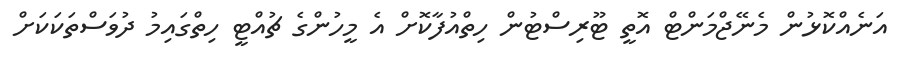
އަނެއްކޮޅުން މެނޭޖްމަންޓް އޮތީ ޓޫރިސްޓުން ހިތްއުފާކޮށް އެ މީހުންގެ ޗުއްޓީ ހިތްގައިމު ދުވަސްތަކަކަށް